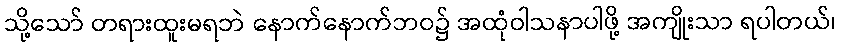
သို့သော် တရားထူးမရဘဲ နောက်နောက်ဘဝ၌ အထုံဝါသနာပါဖို့ အကျိုးသာ ရပါတယ်၊